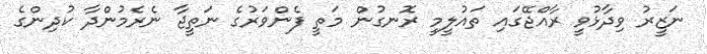
ނަޒީރު ވިދާޅުވީ ރާއްޖޭގައި ތައުލީމީ ރޮނގުން މަތީ ފެންވަރުގެ ނަތީޖާ ނެރެމުންދާ ކުދިންގެ